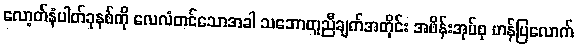
လော့တ်နံပါတ်ခုနစ်ကို လေလံတင်သောအခါ သဘောတူညီချက်အတိုင်း အဖိန်းအုပ်စု ဟန်ပြလောက်